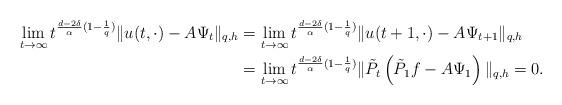
LaTeX: \begin{align*}\lim_{t\rightarrow \infty }t^{\frac{d-2\delta}{\alpha}(1-\frac{1}{q})}\| u(t, \cdot)-A\Psi_t\|_{q,h}& = \lim_{t\to \infty}t^{\frac{d-2\delta}{\alpha}(1-\frac{1}{q})}\|u(t+1,\cdot) -A\Psi_{t+1}\|_{q,h} \\&= \lim_{t\to \infty}t^{\frac{d-2\delta}{\alpha}(1-\frac{1}{q})}\|\tilde P_t\left( \tilde P_1f-A\Psi_1\right)\|_{q,h}=0.\end{align*}